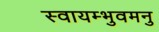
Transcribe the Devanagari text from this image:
स्वायम्भुवमनु